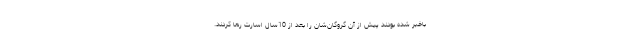
باخبر شده بودند پیش از آن گروگان‌شان را بعد از 10سال اسارت رها کردند.